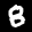
Label: 8